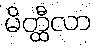
မိတ္ထီလာ